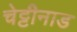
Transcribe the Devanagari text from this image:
चेट्टीनाड